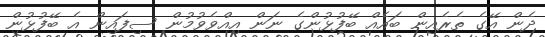
ދެން އޭގެ ތެރެއިން ބައެއް ބޭފުޅުންގެ ނަން އިއްވެވުމުން ސިފައިން އެ ބޭފުޅުން